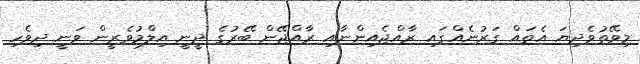
މިވޭތުވެދިޔަ އެތައް ގަރުނެއްގައި ރާއްޖެއިންނާއި ރާއްޖޭން ބޭރުގެ ދީނީ އިލްމުވެރީން ވަނީ ދިވެހި